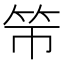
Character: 𰩯